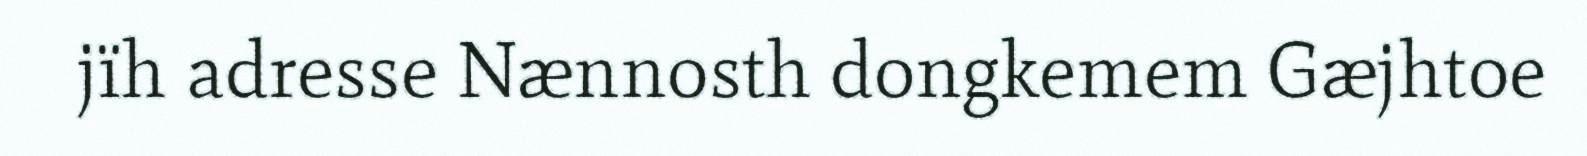
jïh adresse Nænnosth dongkemem Gæjhtoe